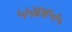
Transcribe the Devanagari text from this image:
५५४४५५